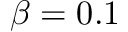
\beta = 0 . 1